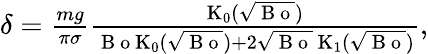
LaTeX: \begin{array}{r}{\delta=\frac{mg}{\pi\sigma}\frac{\mathrm{K}_{0}(\sqrt{\mathrm{~B~o~}})}{\mathrm{~B~o~}\mathrm{K}_{0}(\sqrt{\mathrm{~B~o~}})+2\sqrt{\mathrm{~B~o~}}\, \mathrm{K}_{1}(\sqrt{\mathrm{~B~o~}})},}\end{array}